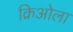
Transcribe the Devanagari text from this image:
क्रिओला